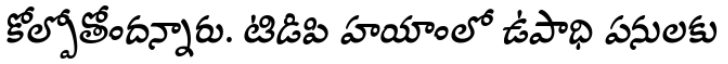
కోల్పోతోందన్నారు. టిడిపి హయాంలో ఉపాధి పనులకు